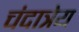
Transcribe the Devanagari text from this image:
चंदात्रेय